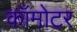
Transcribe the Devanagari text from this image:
कॉमोटर